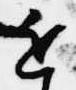
近